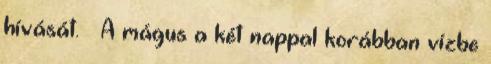
hívását. – A mágus a két nappal korábban vízbe